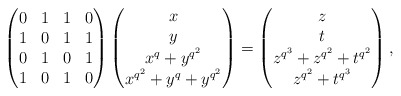
\begin{align*}\begin{pmatrix}0 & 1 & 1 & 0\\1 & 0 & 1 & 1\\0 & 1 & 0 & 1\\1 & 0 & 1 & 0\end{pmatrix}\begin{pmatrix}x\\y\\x^q+y^{q^2}\\x^{q^2}+y^q+y^{q^2}\end{pmatrix}=\begin{pmatrix}z\\t\\z^{q^{3}}+z^{q^{2}}+t^{q^{2}}\\z^{q^{2}}+t^{q^{3}}\end{pmatrix},\end{align*}